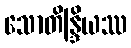
သောတိန္ဒြိယဿ